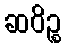
ဆဝိဉ္စ